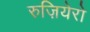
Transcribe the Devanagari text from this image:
रुज़ियेरो